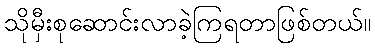
သိုမှီးစုဆောင်းလာခဲ့ကြရတာဖြစ်တယ်။